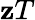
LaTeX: \mathbf{z}T